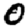
Digit: 0